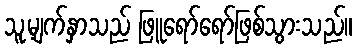
သူ့မျက်နှာသည် ဖြူရော်ရော်ဖြစ်သွားသည်။